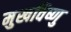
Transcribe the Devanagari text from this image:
मुखविष्णु